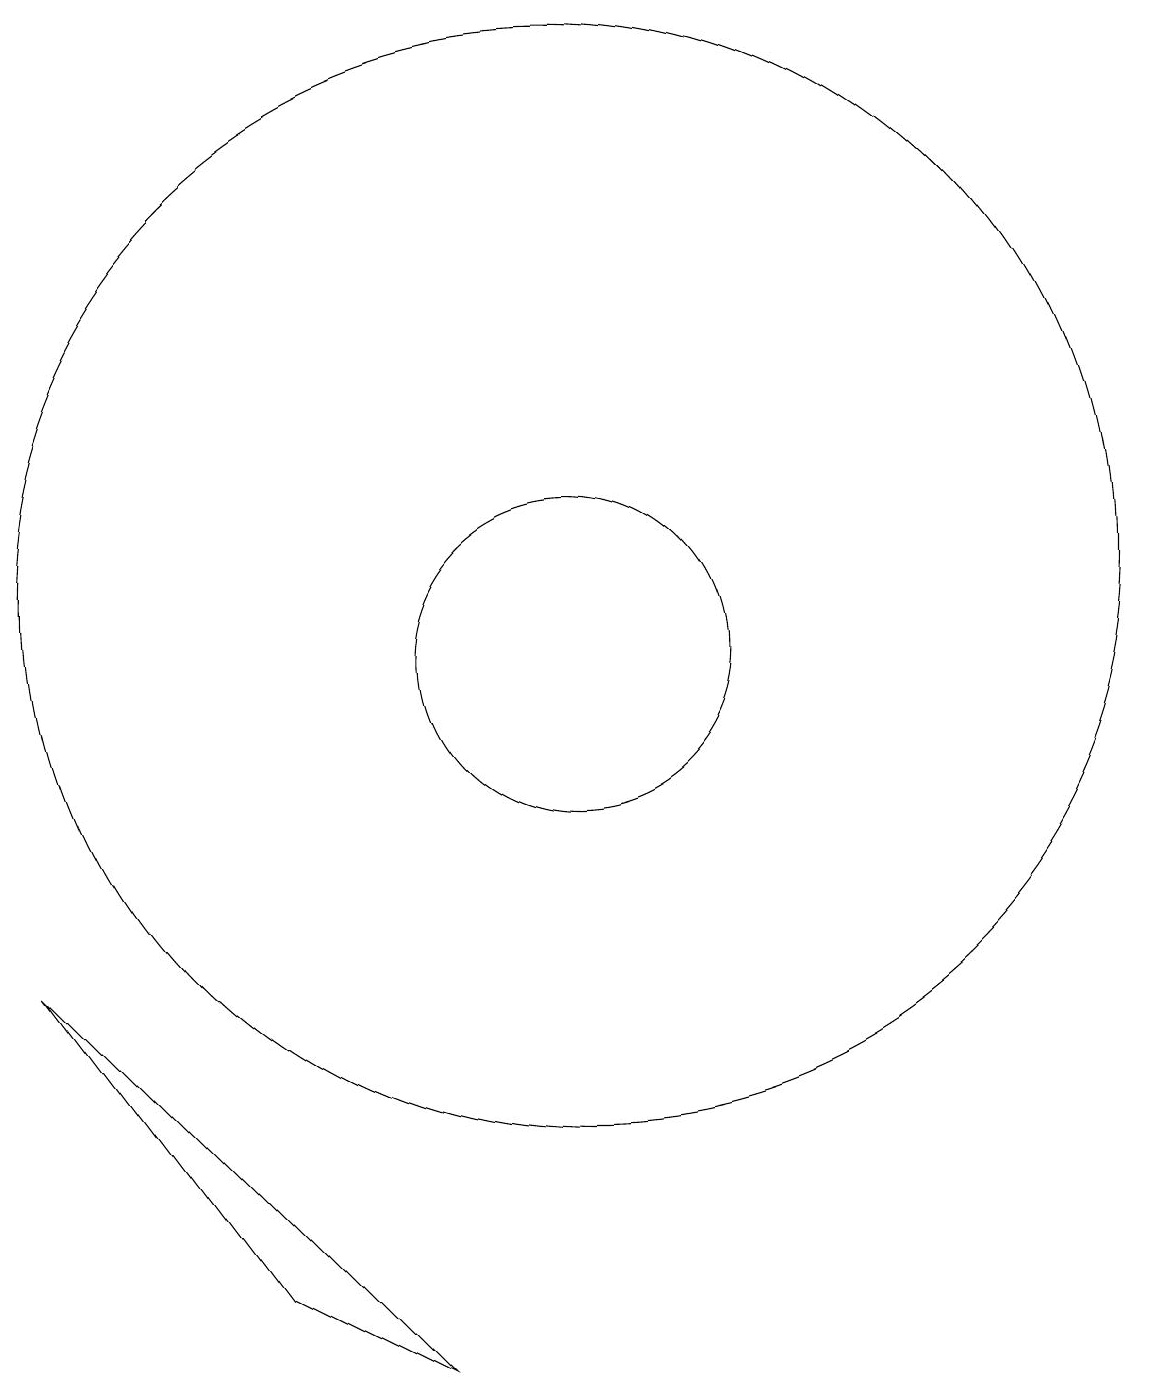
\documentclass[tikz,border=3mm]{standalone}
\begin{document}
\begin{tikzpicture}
\draw (11,10) circle (2);
\draw (7,2) -- (4,6) -- (9,1) -- cycle;
\draw (11,11) circle (7);
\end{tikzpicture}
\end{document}